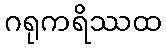
ဂရုကရိဿထ